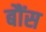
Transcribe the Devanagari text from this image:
बौंस